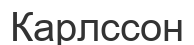
Карлссон